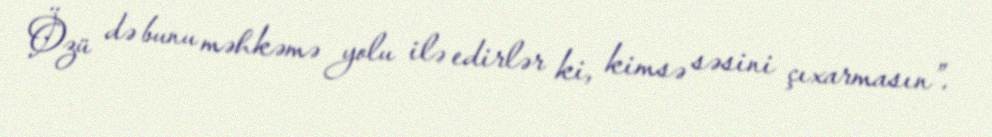
Özü də bunu məhkəmə yolu ilə edirlər ki, kimsə səsini çıxarmasın”.